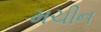
મચીન